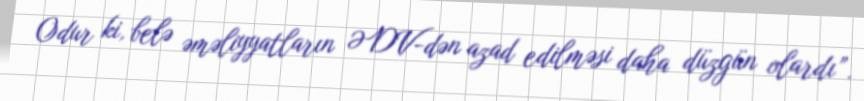
Odur ki, belə əməliyyatların ƏDV-dən azad edilməsi daha düzgün olardı”.